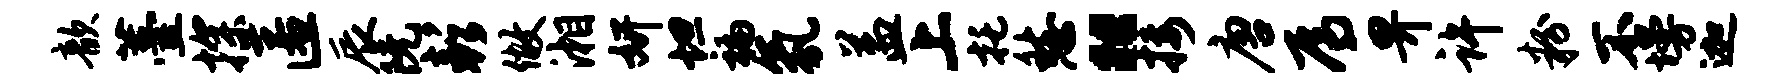
歆薹探匿辰阮彭做湘妍坦褊氛益上托愁“接唐焉畀许粉不墁迦